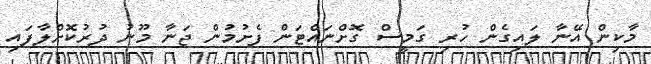
މާކިން އޭނާ ލައިގެން ހުރި ގަމީސް ގޮށްނައްޓަން ފެށުމުން ޖަނާ މޫނު ދުރުކޮށްލާފައި